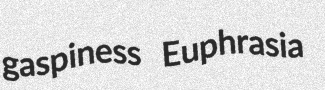
gaspiness Euphrasia